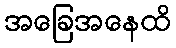
အခြေအနေထိ